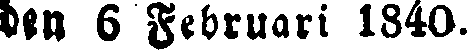
den 6 Februari 1840.